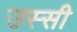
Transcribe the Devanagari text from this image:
उस्सी